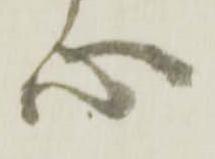
心